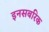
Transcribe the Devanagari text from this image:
इनसबरिक